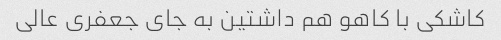
کاشکی با کاهو هم داشتین به جای جعفری عالی